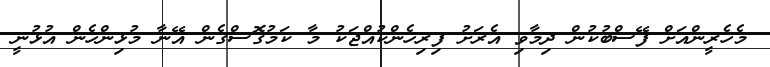
މެހެރީންއަށް ފޭސްބުކުން ދިމާވި އެރަށު ފިރިހެންކުއްޖަކު މާ ކަމުގޮސްގެން އޭނާ މުޅިންހެން އުޅުނީ